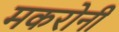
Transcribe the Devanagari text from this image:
मकरोनी